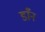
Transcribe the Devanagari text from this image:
डाँन